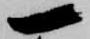
一